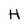
Character: H